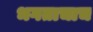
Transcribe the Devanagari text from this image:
भगताचाच